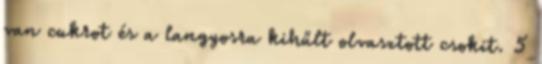
van cukrot és a langyosra kihűlt olvasztott csokit. 5